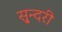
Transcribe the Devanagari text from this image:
सु्न्दरी